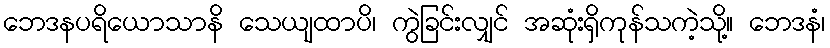
ဘေဒနပရိယောသာနိ သေယျထာပိ၊ ကွဲခြင်းလျှင် အဆုံးရှိကုန်သကဲ့သို့။ ဘေဒနံ၊